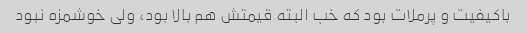
باکیفیت و پرملات بود که خب البته قیمتش هم بالا بود، ولی خوشمزه نبود